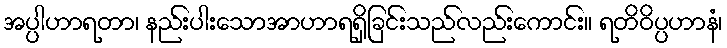
အပ္ပါဟာရတာ၊ နည်းပါးသောအာဟာရရှိခြင်းသည်လည်းကောင်း။ ရတိဝိပ္ပဟာနံ၊